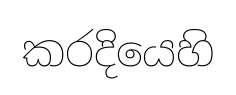
කරදියෙහි